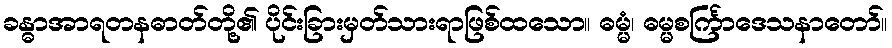
ခန္ဓာအာရတနဓာတ်တို့၏ ပိုင်းခြားမှတ်သားရာဖြစ်ထသော။ ဓမ္မံ၊ ဓမ္မစင်္ကြာဒေသနာတော်။